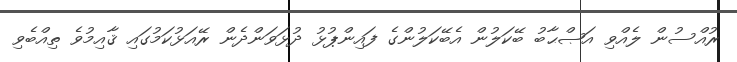
ރުއްސުން ލެއްވި އަޞްޙާބު ބޭކަލުން އެބޭކަލުންގެ ފައިންޕުޅު ދުޅަވަންދެން ރޭއަޅުކަމުގައި ޤާއިމުވެ ތިއްބެވި